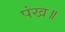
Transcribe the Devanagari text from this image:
पंख॥